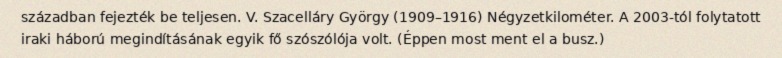
században fejezték be teljesen. V. Szacelláry György (1909–1916) Négyzetkilométer. A 2003-tól folytatott iraki háború megindításának egyik fő szószólója volt. (Éppen most ment el a busz.)